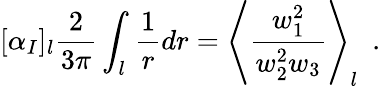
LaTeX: [\alpha_{I}]_{l}\frac{2}{3\pi}\int_{l}\frac{1}{r}dr=\left<\frac{w_{1}^{2}}{w_{2}^{2}w_{3}}\right>_{l}~~.